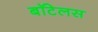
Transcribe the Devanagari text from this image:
बॉटेलस